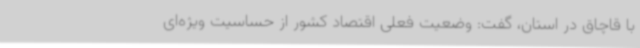
با قاچاق در استان، گفت: وضعیت فعلی اقتصاد کشور از حساسیت ویژه‌ای